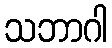
သဘာဂါ